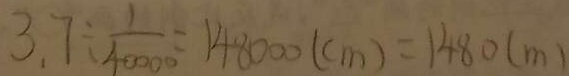
3 . 7 \div \frac { 1 } { 4 0 0 0 0 } = 1 4 8 0 0 0 ( c m ) = 1 4 8 0 ( m )